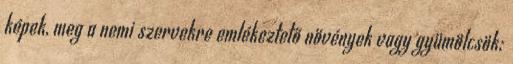
képek, meg a nemi szervekre emlékeztető növények vagy gyümölcsök;